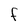
Character: F